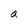
Character: a